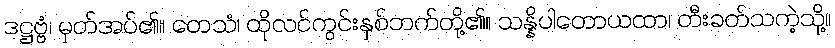
ဒဋ္ဌဗ္ဗံ၊ မှတ်အပ်၏။ တေသံ၊ ထိုလင်ကွင်းနှစ်ဘက်တို့၏။ သန္နိပါတောယထာ၊ တီးခတ်သကဲ့သို့။